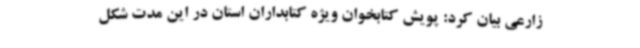
زارعی بیان کرد: پویش کتابخوان ویژه کتابداران استان در این مدت شکل